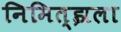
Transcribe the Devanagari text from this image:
निमित्झला